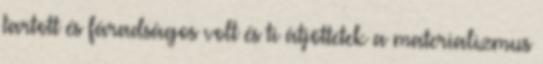
tartott és fáradságos volt és ti átjöttetek a materializmus